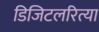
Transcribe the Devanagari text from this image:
डिजिटलरित्या